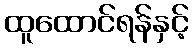
ထူထောင်ရန်နှင့်